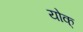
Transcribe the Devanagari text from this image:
योक्